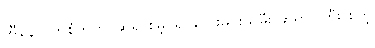
အီနောင်ကိုစံတုတ်၊ ဆရာစိမ့်၊ ရုပ်သေးမင်းသမီး ဆရာပုကြီး စတဲ့